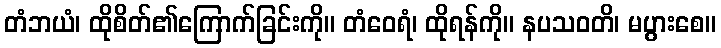
တံဘယံ၊ ထိုစိတ်၏ကြောက်ခြင်းကို။ တံဝေရံ၊ ထိုရန်ကို။ နပသဝတိ၊ မပွားစေ။